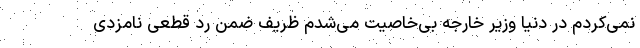
نمی‌کردم در دنیا وزیر خارجه بی‌خاصیت می‌شدم ظریف ضمن رد قطعی نامزدی